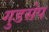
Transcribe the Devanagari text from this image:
गुडसेप